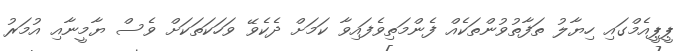
ޕީޕީއެމްގައި ހިޔާލު ތަފާތުވުންތަކެއް ފެންމަތިވެފައިވާ ކަމަށް ދެކެވޭ ވަހަކަތަކަށް ވެސް ޔާމީނާއި އުމަރު